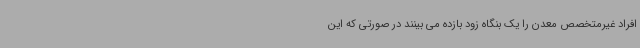
افراد غیرمتخصص معدن را یک بنگاه زود بازده می بینند در صورتی که این